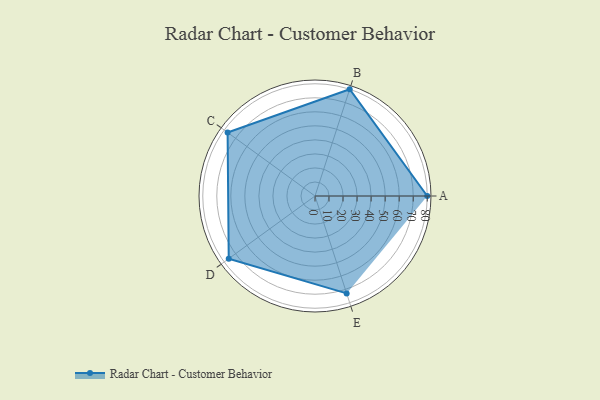
{"axis": {"x": "Skill", "y": "Score"}, "legend": ["Profile"], "data": [{"x": "A", "y": 80.0, "type": "Profile"}, {"x": "B", "y": 80.0, "type": "Profile"}, {"x": "C", "y": 77.0, "type": "Profile"}, {"x": "D", "y": 76.0, "type": "Profile"}, {"x": "E", "y": 73.0, "type": "Profile"}]}